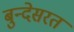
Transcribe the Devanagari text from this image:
बुन्देसरत